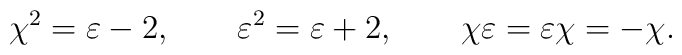
\chi^2=\varepsilon-2,\qquad \varepsilon^2=\varepsilon+2,\qquad\chi\varepsilon=\varepsilon\chi=-\chi.